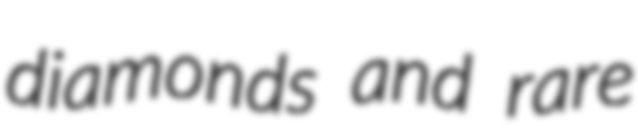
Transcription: diamonds and rare